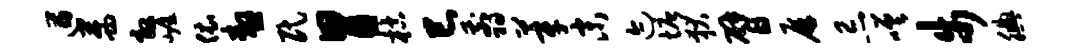
遒茜效崖依嗷民胃枯巳翦莘末迹塘狄臂屏忌嗟步腆